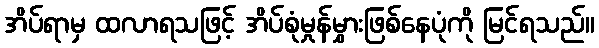
အိပ်ရာမှ ထလာရသဖြင့် အိပ်စုံမှုန်မွှားဖြစ်နေပုံကို မြင်ရသည်။